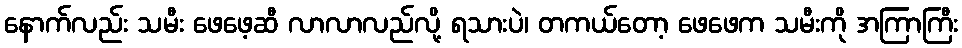
နောက်လည်း သမီး ဖေဖေ့ဆီ လာလာလည်လို့ ရသားပဲ၊ တကယ်တော့ ဖေဖေက သမီးကို အကြာကြီး